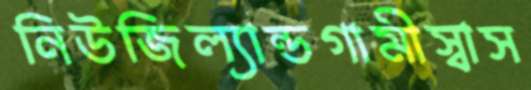
নিউজিল্যান্ডগামীস্বাস